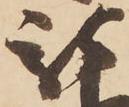
被